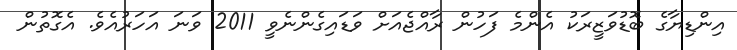
އިންޑިޔާގެ ބޮޑުވަޒީރަކު އެންމެ ފަހުން ރާއްޖެއަށް ވަޑައިގެންނެވީ 2011 ވަނަ އަހަރުއެވެ. އެގޮތުން